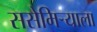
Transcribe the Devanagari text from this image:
ससेमिर्‍याला